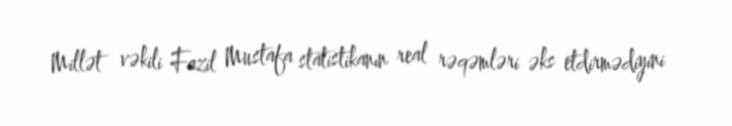
Millət vəkili Fazil Mustafa statistikanın real rəqəmləri əks etdirmədiyini